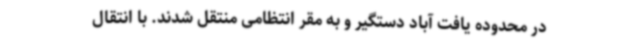
در محدوده یافت آباد دستگیر و به مقر انتظامی منتقل شدند. با انتقال